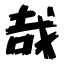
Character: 哉